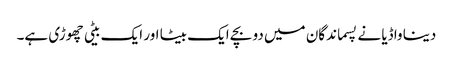
دینا واڈیا نے پسماندگان میں دو بچے ایک بیٹا اور ایک بیٹی چھوڑی ہے۔